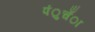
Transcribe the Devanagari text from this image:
पंुचँा